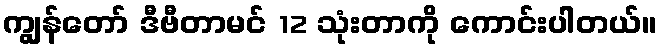
ကျွန်တော် ဒီဗီတာမင် 12 သုံးတာကို ကောင်းပါတယ်။